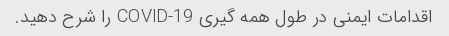
اقدامات ایمنی در طول همه گیری COVID-19 را شرح دهید.